Papers set at the Examination for Leaving Certificates, 1895
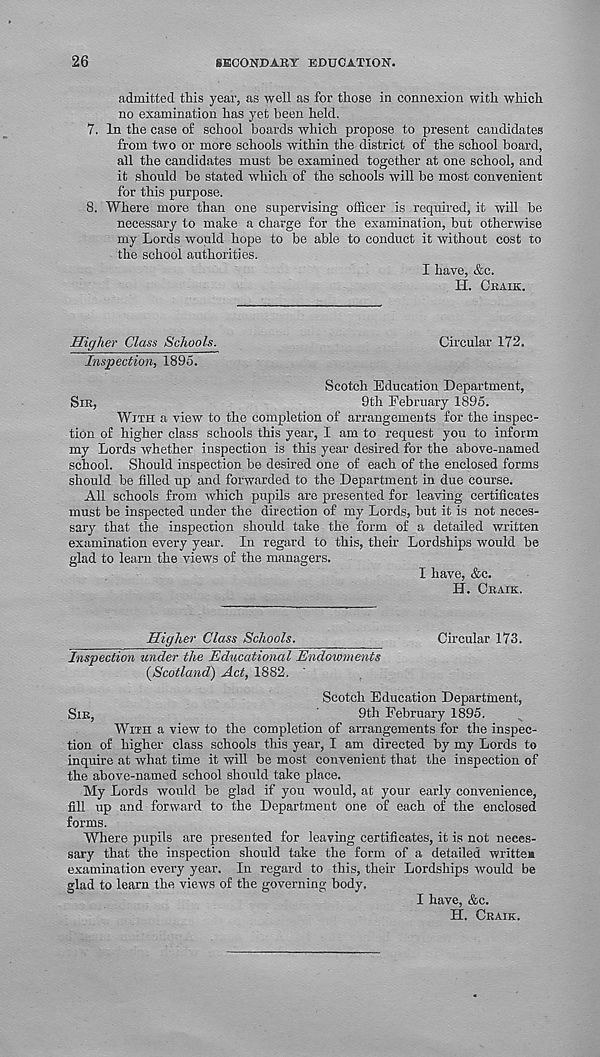
26
SECONDARY EDUCATION.
admitted this year, as well as for those in connexion with which
no examination has yet been held.
7. In the case of school boards which propose to present candidates
from two or more schools within the district of the school board,
all the candidates must be examined together at one school, and
it should be stated which of the schools will be most convenient
for this purpose.
8. Where more than one supervising officer is required, it will be
necessary to make a charge for the examination, but otherwise
my Lords would hope to be able to conduct it without cost to
the school authorities.
I have, &c.
H. CRAIK.
Higher Class Schools.
Circular 172.
Inspection, 1895.
Scotch Education Department,
SIR,
9th February 1895.
WITH a view to the completion of arrangements for the inspec-
tion of higher class schools this year, I am to request you to inform
my Lords whether inspection is this year desired for the above-named
school. Should inspection be desired one of each of the enclosed forms
should be filled up and forwarded to the Department in due course.
All schools from which pupils are presented for leaving certificates
must be inspected under the direction of my Lords, but it is not neces-
sary that the inspection should take the form of a detailed written
examination every year. In regard to this, their Lordships would be
glad to learn the views of the managers.
I have, &c.
H. CRAIK.
Higher Class Schools.
Circular 173.
Inspection under the Educational Endowments
(Scotland) Act, 1882.
Scotch Education Department,
SIR,
9th February 1895.
WITH a view to the completion of arrangements for the inspec-
tion of higher class schools this year, I am directed by my Lords to
inquire at what time it will be most convenient that the inspection of
the above-named school should take place.
My Lords would be glad if you would, at your early convenience,
fill up and forward to the Department one of each of the enclosed
forms.
Where pupils are presented for leaving certificates, it is not neces-
sary that the inspection should take the form of a detailed written
examination every year. In regard to this, their Lordships would be
glad to learn the views of the governing body.
I have, &c.
H. CRAIK.